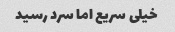
خیلی سریع اما سرد رسید